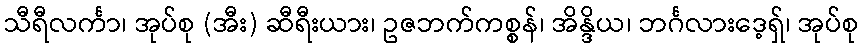
သီရီလင်္ကာ၊ အုပ်စု (အီး) ဆီရီးယား၊ ဥဇဘက်ကစ္စန်၊ အိန္ဒိယ၊ ဘင်္ဂလားဒေ့ရှ်၊ အုပ်စု